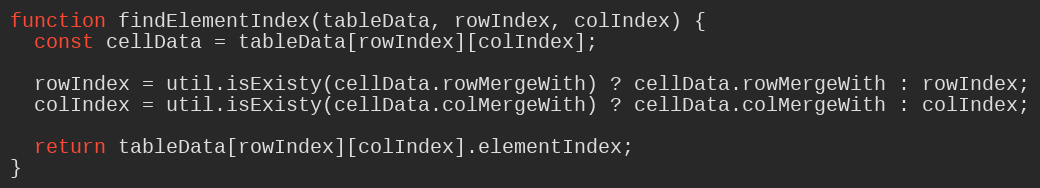
Language: JavaScript
function findElementIndex(tableData, rowIndex, colIndex) {
  const cellData = tableData[rowIndex][colIndex];

  rowIndex = util.isExisty(cellData.rowMergeWith) ? cellData.rowMergeWith : rowIndex;
  colIndex = util.isExisty(cellData.colMergeWith) ? cellData.colMergeWith : colIndex;

  return tableData[rowIndex][colIndex].elementIndex;
}